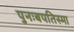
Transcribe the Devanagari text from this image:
पुनःबपतिस्मा